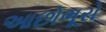
આછોભૂરો